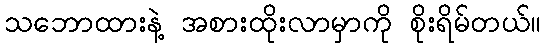
သဘောထားနဲ့ အစားထိုးလာမှာကို စိုးရိမ်တယ်။